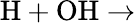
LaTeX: \mathrm{H+OH\rightarrow}